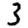
Digit: 3